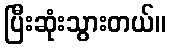
ပြီးဆုံးသွားတယ်။